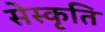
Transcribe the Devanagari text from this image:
सेस्कृति